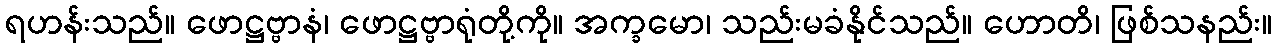
ရဟန်းသည်။ ဖောဋ္ဌဗ္ဗာနံ၊ ဖောဋ္ဌဗ္ဗာရုံတို့ကို။ အက္ခမော၊ သည်းမခံနိုင်သည်။ ဟောတိ၊ ဖြစ်သနည်း။